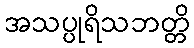
အသပ္ပုရိသဘတ္တိ